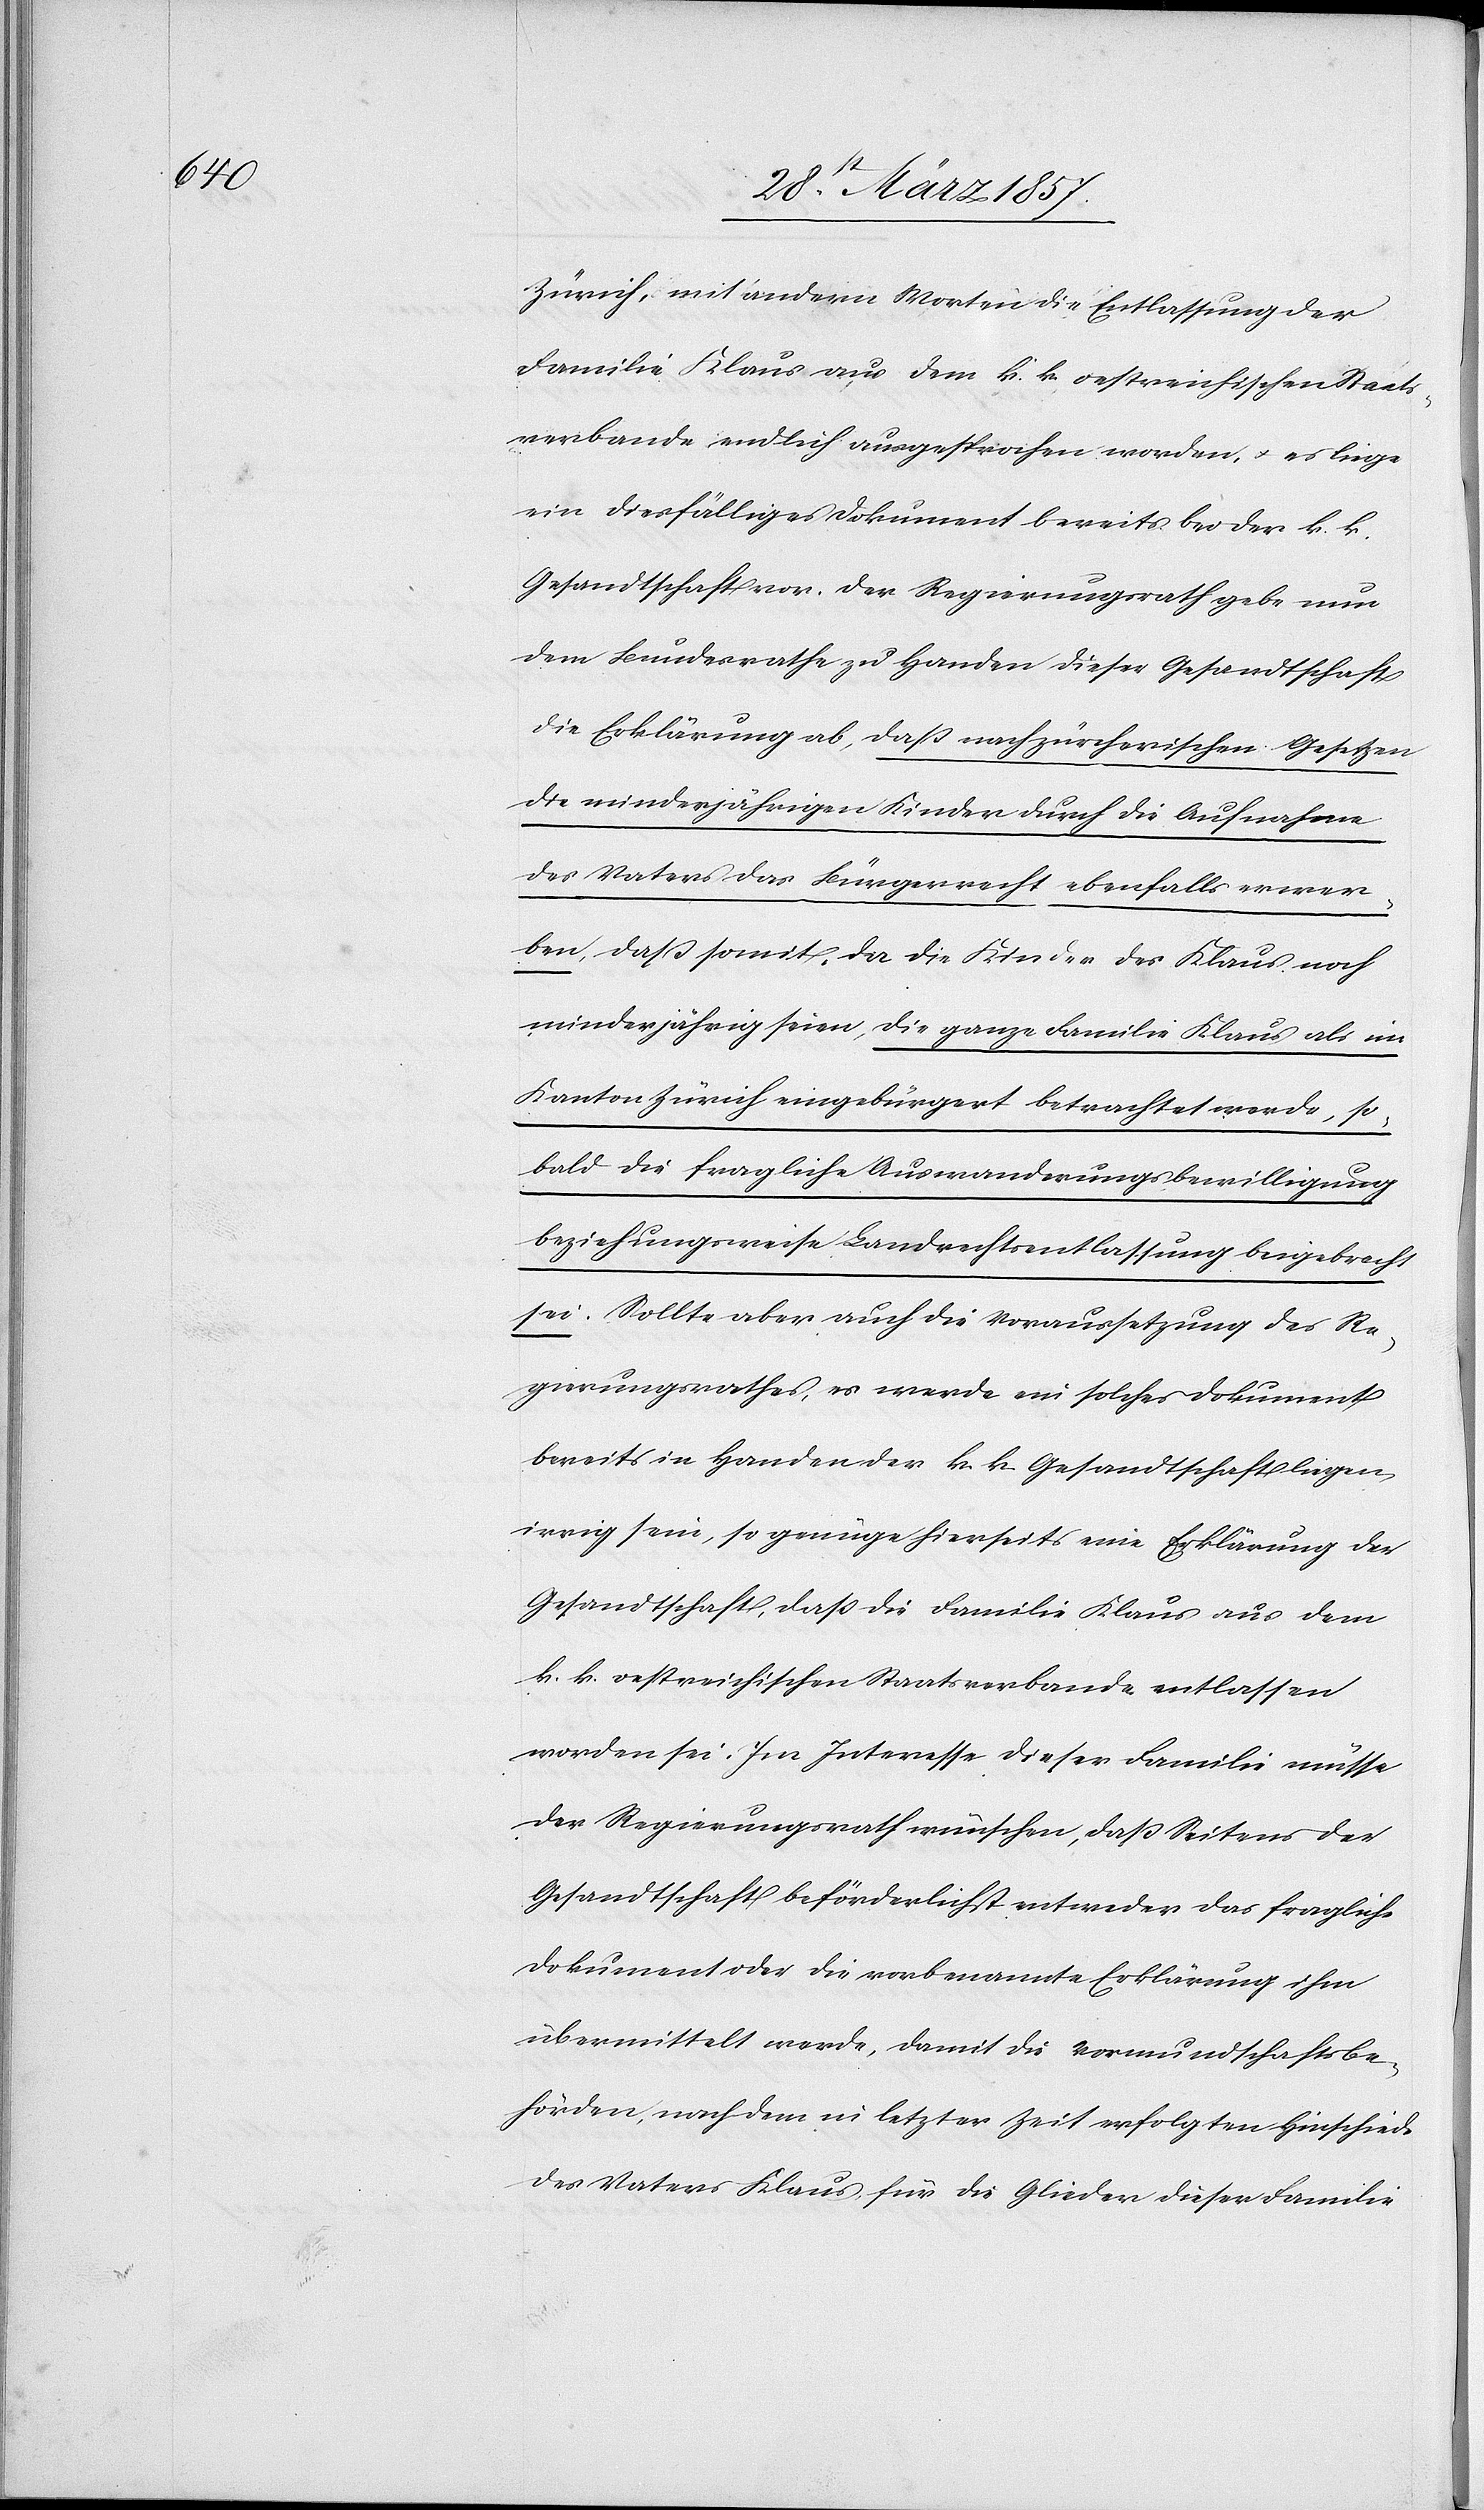
Zürich, mit andern Worten die Entlassung der
Familie Klaus aus dem k. k. oestreichischen Staats¬
verbande endlich ausgesprochen worden, u. es liege
ein diesfälliges Dokument bereits bei der k. k.
Gesandtschaft vor. Der Regierungsrath gebe nun
dem Bundesrathe zu Handen dieser Gesandtschaft
die Erklärung ab, daß nach zürcherischen Gesetzen
die minderjährigen Kinder durch die Aufnahme
des Vaters das Bürgerrecht ebenfalls erwer¬
ben, daß somit, da die Kinder des Klaus noch
minderjährig seien, die ganze Familie Klaus als im
Kanton Zürich eingebürgert betrachtet werde, so¬
bald die fragliche Auswanderungsbewilligung
beziehungsweise Landrechtsentlassung beigebracht
sei. Sollte aber auch die Voraussetzung des Re¬
gierungsrathes, es werde ein solches Dokument
bereits in Handen der k. k. Gesandtschaft liegen,
irrig sein, so genüge hierseits eine Erklärung der
Gesandtschaft, daß die Familie Klaus aus dem
k. k. oestreichischen Staatsverbande entlassen
worden sei. Im Interesse dieser Familie müsse
der Regierungsrath wünschen, daß Seitens der
Gesandtschaft beförderlichst entweder das fragliche
Dokument oder die vorbenannte Erklärung ihm
übermittelt werde, damit die Vormundschaftsbe¬
hörden, nach dem in letzter Zeit erfolgten Hinschiede
des Vaters Klaus für die Glieder dieser Familie